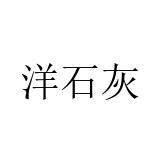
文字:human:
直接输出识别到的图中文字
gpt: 洋石灰